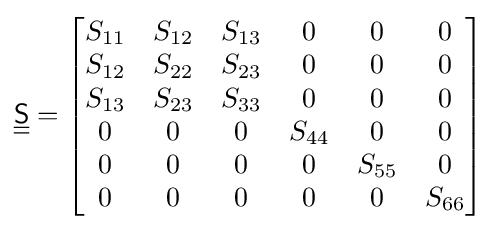
{\underline {\underline {\mathsf {S}}}}={\begin{bmatrix}S_{11}&S_{12}&S_{13}&0&0&0\\S_{12}&S_{22}&S_{23}&0&0&0\\S_{13}&S_{23}&S_{33}&0&0&0\\0&0&0&S_{44}&0&0\\0&0&0&0&S_{55}&0\\0&0&0&0&0&S_{66}\end{bmatrix}}